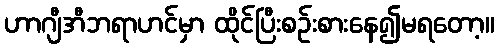
ဟာဂျီအီဘရာဟင်မှာ ထိုင်ပြီးစဉ်းစားနေ၍မရတော့။